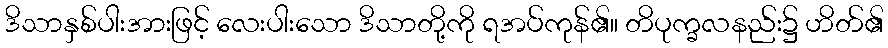
ဒိသာနှစ်ပါးအားဖြင့် လေးပါးသော ဒိသာတို့ကို ရအပ်ကုန်၏။ တိပုက္ခလနည်း၌ ဟိတ်၏